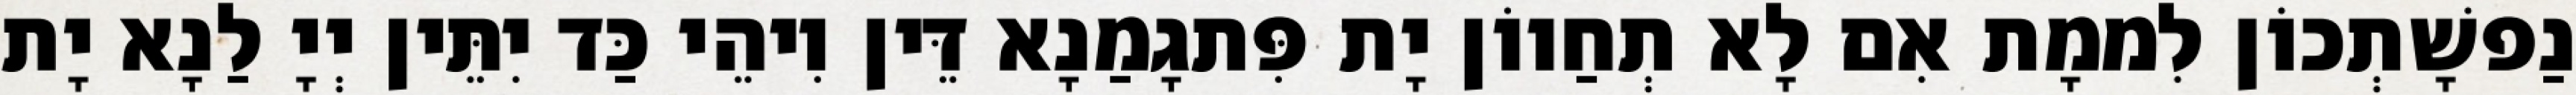
נַפשָׁתְכוֹן לִממָת אִם לָא תְחַווֹן יָת פִּתגָמַנָא דֵּין וִיהֵי כַּד יִתֵּין יְיָ לַנָא יָת